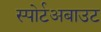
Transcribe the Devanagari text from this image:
स्पोर्टअबाउट